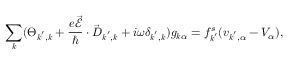
\sum _ { \boldsymbol { k } } ( \Theta _ { \boldsymbol { k } ^ { \prime } , \boldsymbol { k } } + \frac { e \vec { \mathcal { E } } } { \hbar } \cdot \vec { D } _ { \boldsymbol { k } ^ { \prime } , \boldsymbol { k } } + i \omega \delta _ { \boldsymbol { k } ^ { \prime } , \boldsymbol { k } } ) g _ { \boldsymbol { k } \alpha } = f _ { \boldsymbol { k } ^ { \prime } } ^ { s } ( v _ { \boldsymbol { k } ^ { \prime } , \alpha } - V _ { \alpha } ) ,